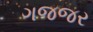
ગજજર